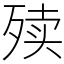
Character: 㱩